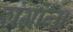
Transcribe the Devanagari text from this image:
रांगांना